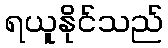
ရယူနိုင်သည်